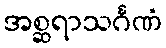
အစ္ဆရာသင်္ဂဏံ